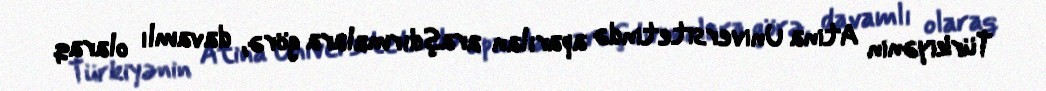
Türkiyənin Atina Universitetində aparılan araşdırmalara görə, davamlı olaraq